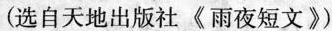
(选自天地出版社《雨夜短文》)